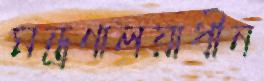
মন্ত্রণালয়াধীন